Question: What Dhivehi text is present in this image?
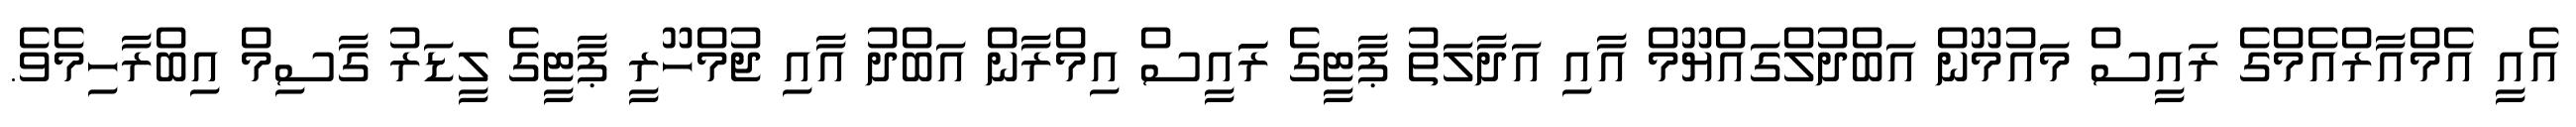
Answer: އެއީ އެމްއާރްއެމްގެ ރައީސް މައުމޫން އަބްދުލްގައްޔޫމް އާއި އަދާލަތު ޕާޓީގެ ރަައީސް އިމްރާން އަބްދު އާއި ޖުމްހޫރީ ޕާޓީގެ ލީޑަރު ގާސިމް އިބްރާހިމެވެ.